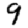
Digit: 9